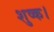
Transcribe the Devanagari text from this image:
शुष्क।